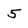
Character: 5